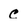
Character: C